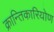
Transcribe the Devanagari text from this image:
क्रान्तिकारियोण